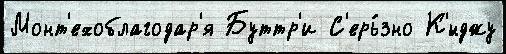
Монт'ехоблагодар'я Буттр'и С'ерь́зно К'́нджу